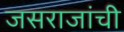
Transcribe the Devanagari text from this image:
जसराजांची